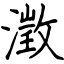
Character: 澂